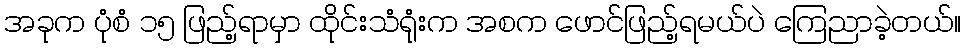
အခုက ပုံစံ ၁၅ ဖြည့်ရာမှာ ထိုင်းသံရုံးက အစက ဖောင်ဖြည့်ရမယ်ပဲ ကြေညာခဲ့တယ်။